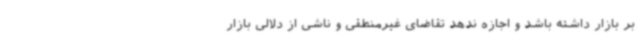
بر بازار داشته باشد و اجازه ندهد تقاضای غیرمنطقی و ناشی از دلالی بازار